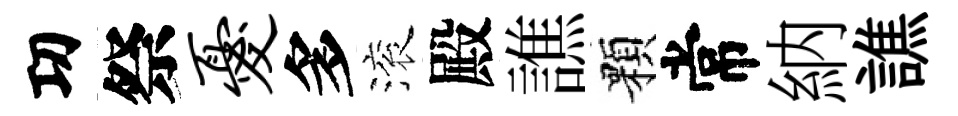
㓛祭忧多滚殿譙顆常納譙